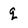
Character: q